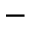
-